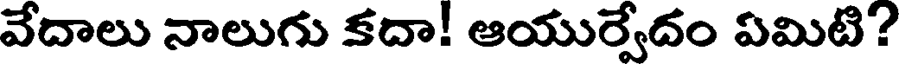
వేదాలు నాలుగు కదా! ఆయుర్వేదం ఏమిటి?